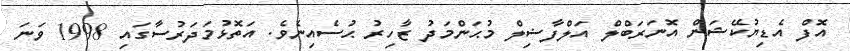
އޮފް އެޑިޔުކޭޝަން އޮނަރަބްލް އަލްފާޟިލް މުޙަންމަދު ޒާހިރު ޙުސެއިނެވެ. އަތޮޅުމަދަރުސާގައި 1998 ވަނަ